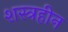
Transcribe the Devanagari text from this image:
शस्त्रहीन